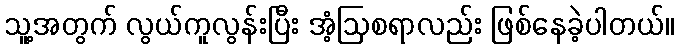
သူ့အတွက် လွယ်ကူလွန်းပြီး အံ့ဩစရာလည်း ဖြစ်နေခဲ့ပါတယ်။